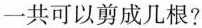
一共可以剪成几根?